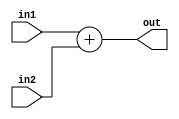
module adder(
			input signed [15:0] in1, in2, 

			output reg[15:0] out);
	
	always@ (*)
		out <= in1 + in2;
endmodule